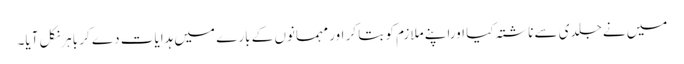
میں نے جلدی سے ناشتہ کیا اوراپنے ملازم کو بتا کر اور مہمانوں کے بارے میں ہدایات دے کر باہرنکل آیا۔